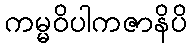
ကမ္မဝိပါကဇာနိပိ